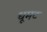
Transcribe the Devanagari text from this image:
धूमट